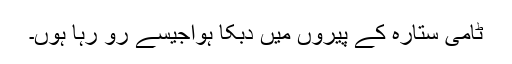
ٹامی ستارہ کے پیروں میں دبکا ہواجیسے رو رہا ہوں۔